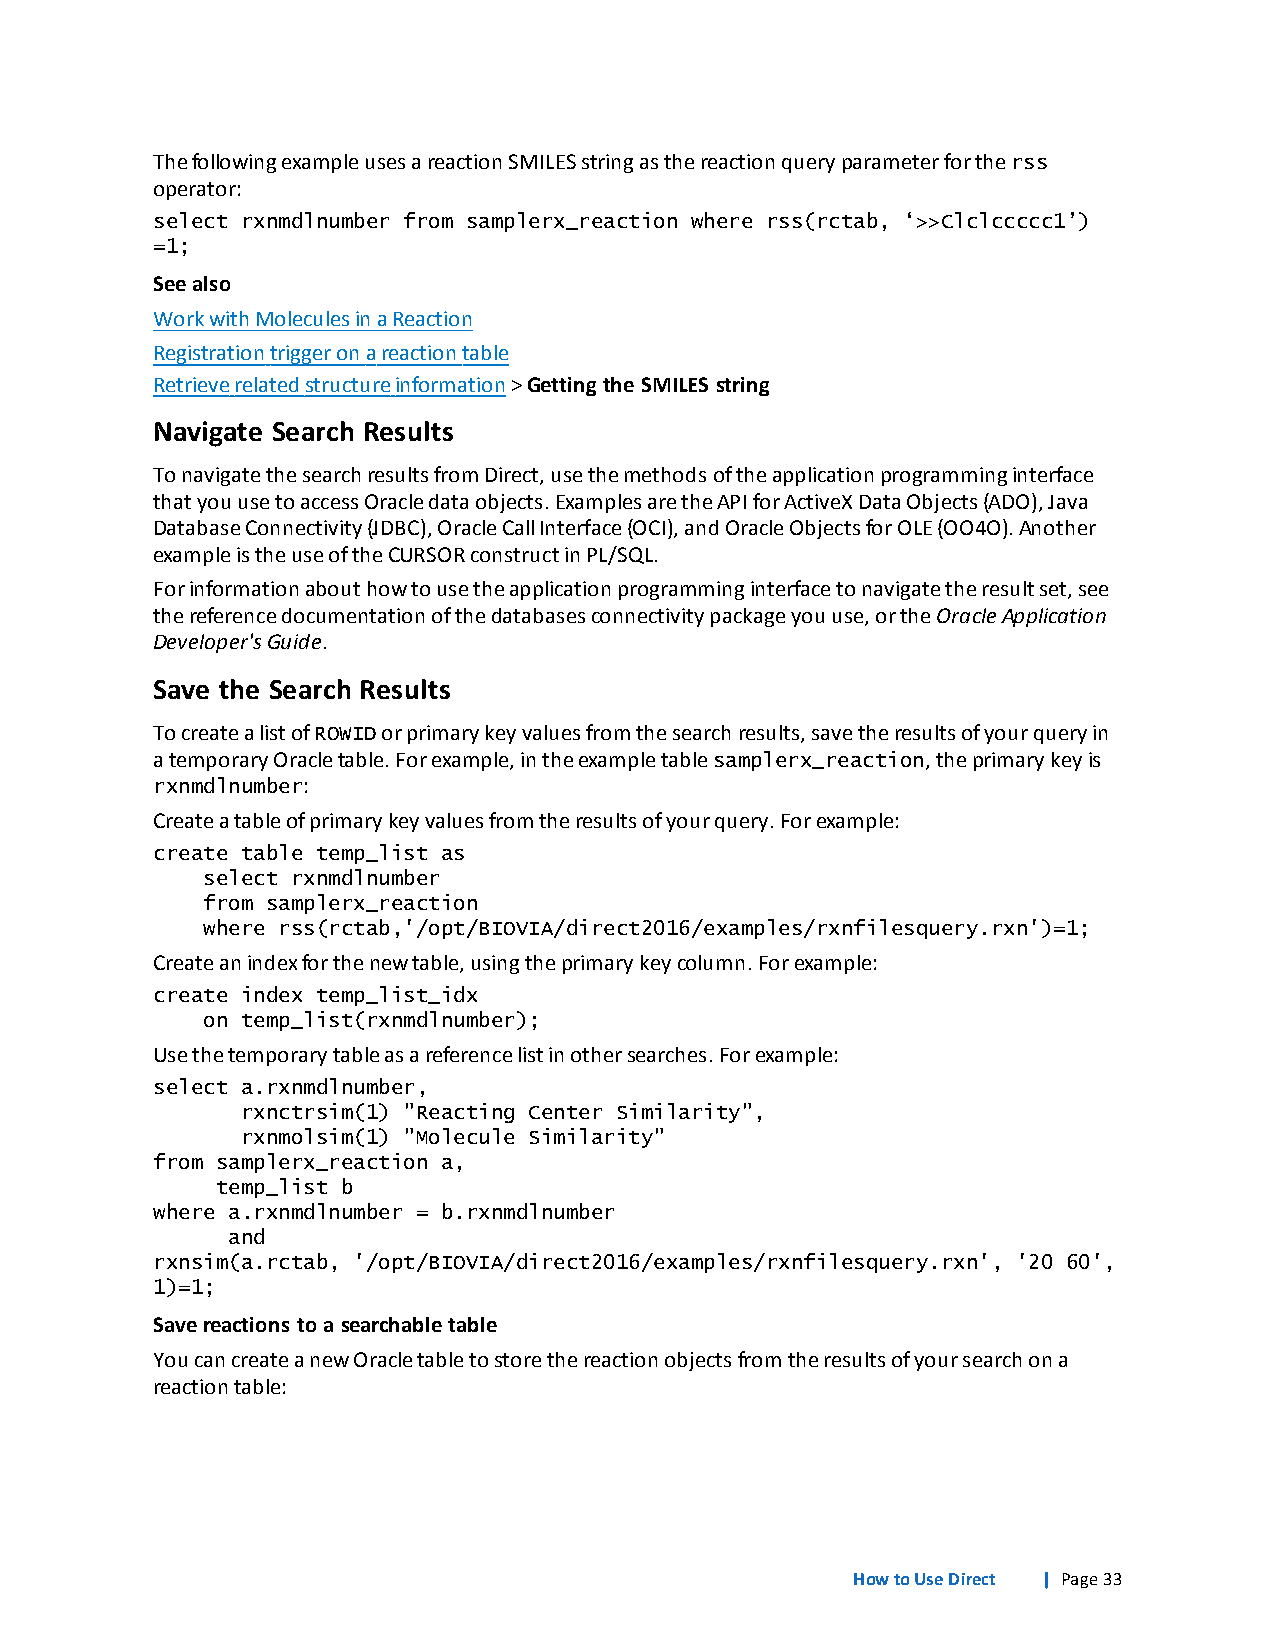
ThefollowingexampleusesareactionSMILESstringasthereactionqueryparameterfortherss
 operator:
 select rxnmdlnumber from samplerx_reaction where rss(rctab, ‘>>Clclccccc1’)
 =1;
 Seealso
 WorkwithMoleculesinaReaction
 Registrationtriggeronareactiontable
 Retrieverelatedstructureinformation>Getting theSMILES string
 Navigate Search Results
 TonavigatethesearchresultsfromDirect,usethemethodsoftheapplicationprogramminginterface
 thatyouusetoaccessOracledataobjects.ExamplesaretheAPIforActiveXDataObjects(ADO),Java
 DatabaseConnectivity(JDBC),OracleCallInterface(OCI),andOracleObjectsforOLE(OO4O).Another
 exampleistheuseoftheCURSORconstructinPL/SQL.
 Forinformationabouthowtousetheapplicationprogramminginterfacetonavigatetheresultset,see
 thereferencedocumentationofthedatabasesconnectivitypackageyouuse,ortheOracleApplication
 Developer'sGuide.
 Save the Search Results
 TocreatealistofROWIDorprimarykeyvaluesfromthesearchresults,savetheresultsofyourqueryin
 atemporaryOracletable.Forexample,intheexampletablesamplerx_reaction,theprimarykeyis
 rxnmdlnumber:
 Createatableofprimarykeyvaluesfromtheresultsofyourquery.Forexample:
 create table temp_list as
 select rxnmdlnumber
 from samplerx_reaction
 where rss(rctab,'/opt/BIOVIA/direct2016/examples/rxnfilesquery.rxn')=1;
 Createanindexforthenewtable,usingtheprimarykeycolumn.Forexample:
 create index temp_list_idx
 on temp_list(rxnmdlnumber);
 Usethetemporarytableasareferencelistinothersearches.Forexample:
 select a.rxnmdlnumber,
 rxnctrsim(1) "Reacting Center Similarity",
 rxnmolsim(1) "Molecule Similarity"
 from samplerx_reaction a,
 temp_list b
 where a.rxnmdlnumber = b.rxnmdlnumber
 and
 rxnsim(a.rctab, '/opt/BIOVIA/direct2016/examples/rxnfilesquery.rxn', '20 60',
 1)=1;
 Savereactions to asearchabletable
 YoucancreateanewOracletabletostorethereactionobjectsfromtheresultsofyoursearchona
 reactiontable:
 HowtoUseDirect | Page33